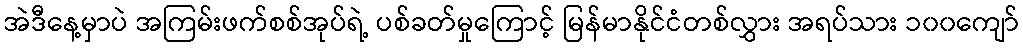
အဲဒီနေ့မှာပဲ အကြမ်းဖက်စစ်အုပ်ရဲ့ ပစ်ခတ်မှုကြောင့် မြန်မာနိုင်ငံတစ်လွှား အရပ်သား ၁၀၀ကျော်